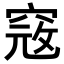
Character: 𥦲